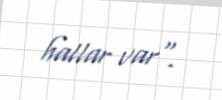
hallar var".